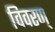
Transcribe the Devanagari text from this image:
विवरण्‌